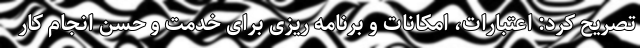
تصریح کرد: اعتبارات، امکانات و برنامه ریزی برای خدمت و حسن انجام کار